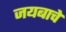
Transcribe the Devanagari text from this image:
जयबाचे